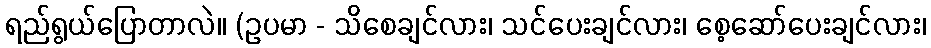
ရည်ရွယ်ပြောတာလဲ။ (ဥပမာ - သိစေချင်လား၊ သင်ပေးချင်လား၊ စေ့ဆော်ပေးချင်လား၊